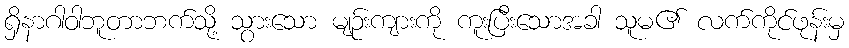
ရှိနာဂါဝါဘူတာဘက်သို့ သွားသော မျဉ်းကျားကို ကူးပြီးသောအခါ သူမ၏ လက်ကိုင်ဖုန်းမှ